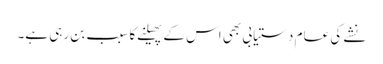
نشے کی عام دستیابی بھی اس کے پھیلنے کا سبب بن رہی ہے۔